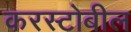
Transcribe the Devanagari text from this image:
करस्टोबील